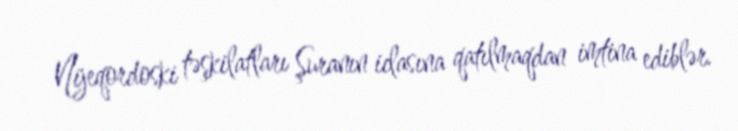
Nijeqordoski təşkilatları Şuranın iclasına qatılmaqdan imtina ediblər.